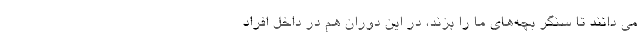
می دانند تا سنگر بچه‌های ما را بزند، در این دوران هم در داخل افراد